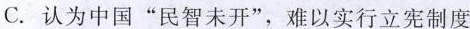
C.认为中国”民智未开”，难以实行立宪制度